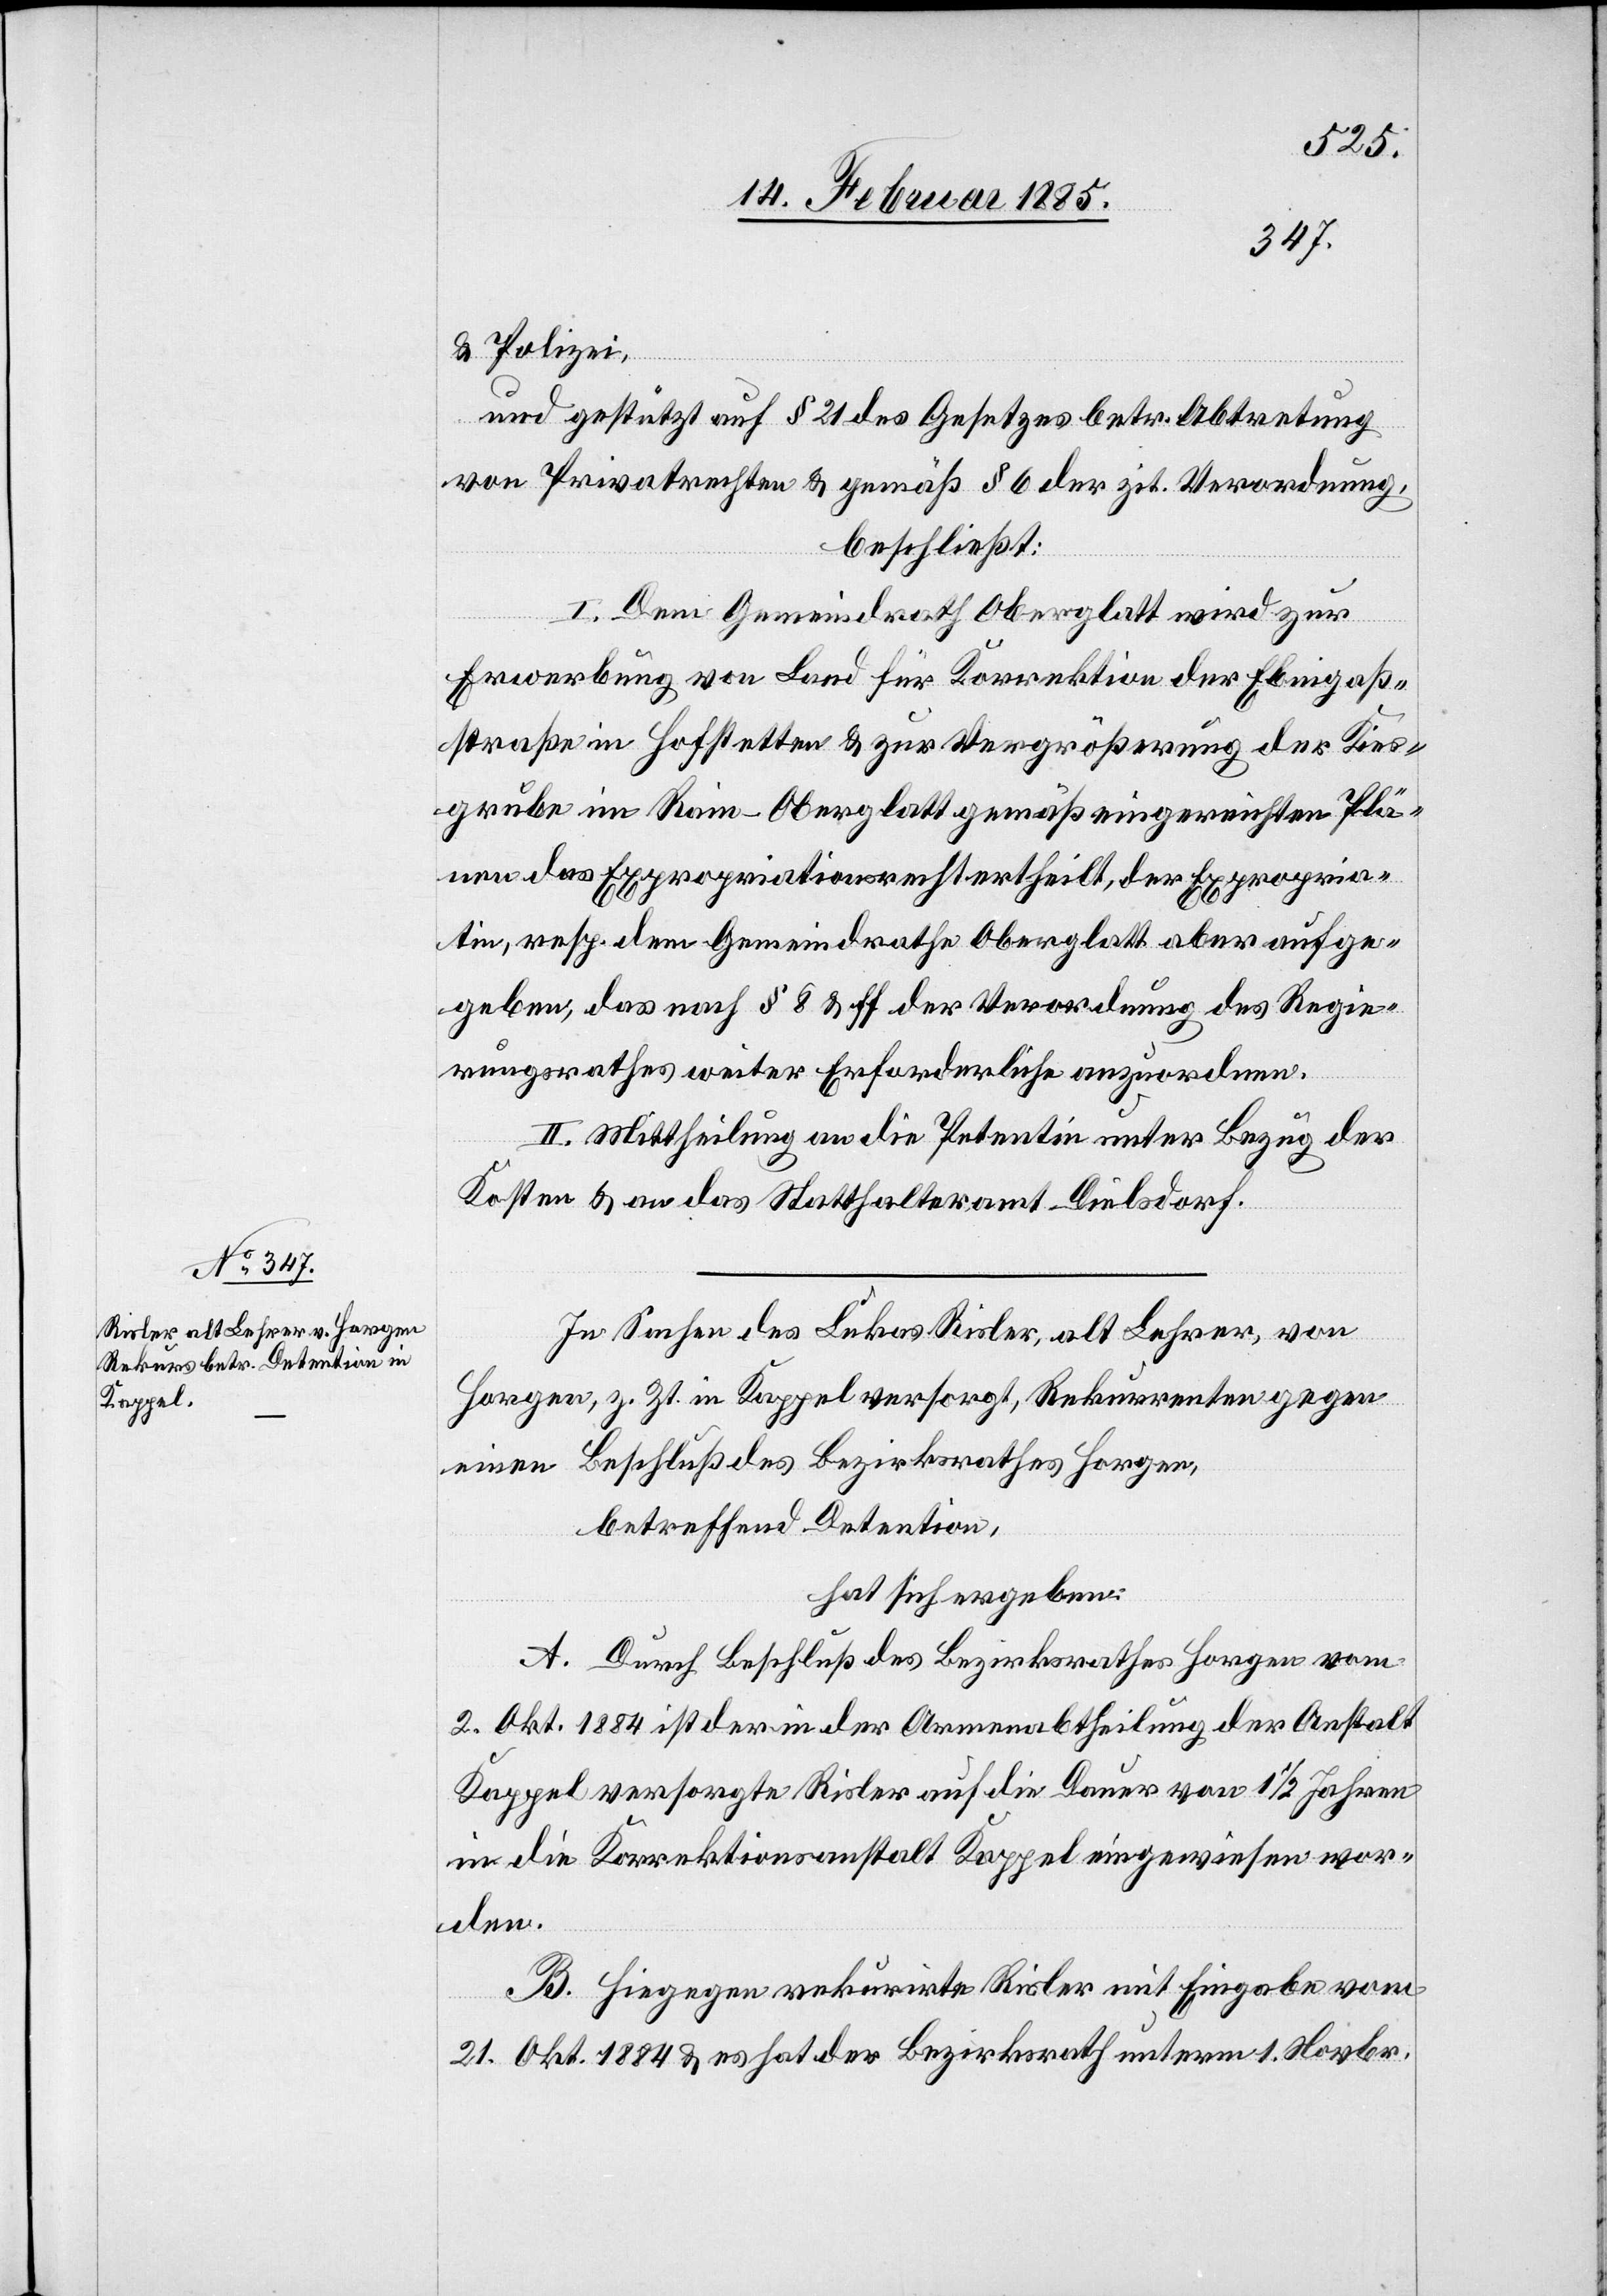
& Polizei,
und gestützt auf § 21 des Gesetzes betr. Abtretung
von Privatrechten & gemäß § 6 der zit. Verordnung,
beschließt:
I. Dem Gemeindrath Oberglatt wird zur
Erwerbung von Land für Korrektion der Ebnigaß¬
straße in Hofstetten & zur Vergrößerung der Kies¬
grube im Rain - Oberglatt gemäß eingereichten Plä¬
nen das Expropriationsrecht ertheilt, der Expropria¬
tin, resp. dem Gemeindrathe Oberglatt aber aufge¬
geben, das nach § 8 & ff der Verordnung des Regie¬
rungsrathes weiter Erforderliche anzuordnen.
II. Mittheilung an die Petentin unter Bezug der
Kosten & an das Statthalteramt Dielsdorf.
In Sachen des Lukas Risler, alt Lehrer, von
Horgen, z. Zt. in Kappel versorgt, Rekurrenten gegen
einen Beschluß des Bezirksrathes Horgen,
betreffend Detention,
hat sich ergeben:
A. Durch Beschluß des Bezirksrathes Horgen vom
2. Okt. 1884 ist der in der Armenabtheilung der Anstalt
Kappel versorgte Risler auf die Dauer von 1 1/2 Jahren
in die Korrektionsanstalt Kappel eingewiesen wor¬
den.
B. Hiegegen rekurrirte Risler mit Eingabe vom
21. Okt. 1884 & es hat der Bezirksrath unterm 1. Novbr.